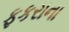
ફકરાના